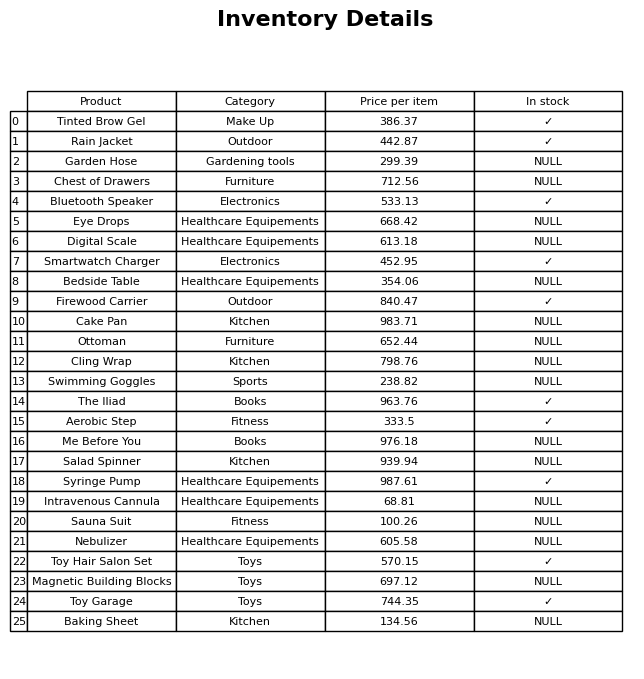
question: Is the Chest of Drawers in stock?
answer: NULL